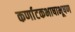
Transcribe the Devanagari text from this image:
कर्णाटकभाषाभूषण